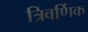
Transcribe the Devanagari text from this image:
त्रिवर्णिक